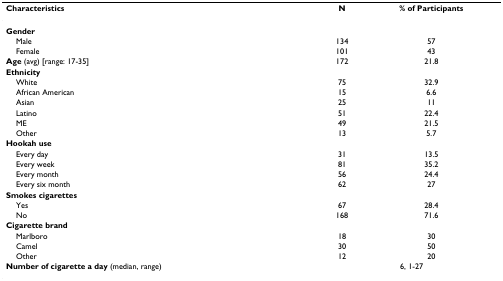
<table><thead><tr><td><b>Characteristics</b></td><td><b>N</b></td><td><b>% of Participants</b></td></tr></thead><tbody><tr><td><b>Gender</b></td><td></td><td></td></tr><tr><td> Male</td><td>134</td><td>57</td></tr><tr><td> Female</td><td>101</td><td>43</td></tr><tr><td><b>Age </b>(avg) [range: 17-35]</td><td>172</td><td>21.8</td></tr><tr><td><b>Ethnicity</b></td><td></td><td></td></tr><tr><td> White</td><td>75</td><td>32.9</td></tr><tr><td> African American</td><td>15</td><td>6.6</td></tr><tr><td> Asian</td><td>25</td><td>11</td></tr><tr><td> Latino</td><td>51</td><td>22.4</td></tr><tr><td> ME</td><td>49</td><td>21.5</td></tr><tr><td> Other</td><td>13</td><td>5.7</td></tr><tr><td><b>Hookah use</b></td><td></td><td></td></tr><tr><td> Every day</td><td>31</td><td>13.5</td></tr><tr><td> Every week</td><td>81</td><td>35.2</td></tr><tr><td> Every month</td><td>56</td><td>24.4</td></tr><tr><td> Every six month</td><td>62</td><td>27</td></tr><tr><td><b>Smokes cigarettes</b></td><td></td><td></td></tr><tr><td> Yes</td><td>67</td><td>28.4</td></tr><tr><td> No</td><td>168</td><td>71.6</td></tr><tr><td><b>Cigarette brand</b></td><td></td><td></td></tr><tr><td> Marlboro</td><td>18</td><td>30</td></tr><tr><td> Camel</td><td>30</td><td>50</td></tr><tr><td> Other</td><td>12</td><td>20</td></tr><tr><td><b>Number of cigarette a day </b>(median, range) </td><td colspan="2">6, 1-27</td></tr></tbody></table>